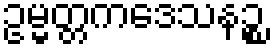
ဥမ္မတ္တကဒေသနဉ္စ